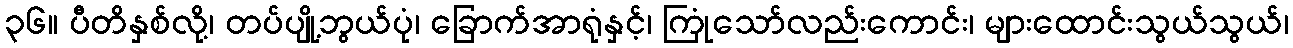
၃၆။ ပီတိနှစ်လို့၊ တပ်ပျို့ဘွယ်ပုံ၊ ခြောက်အာရုံနှင့်၊ ကြုံသော်လည်းကောင်း၊ များထောင်းသွယ်သွယ်၊